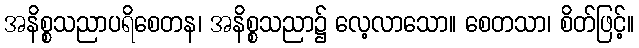
အနိစ္စသညာပရိစေတန၊ အနိစ္စသညာ၌ လေ့လာသော။ စေတသာ၊ စိတ်ဖြင့်။